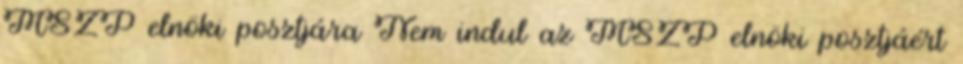
MSZP elnöki posztjára Nem indul az MSZP elnöki posztjáért